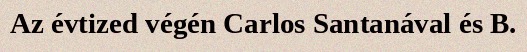
Az évtized végén Carlos Santanával és B.